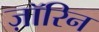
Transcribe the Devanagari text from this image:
ज़ॉरिन